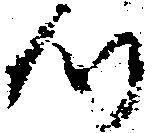
つ